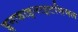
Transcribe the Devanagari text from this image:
इनफाइनाइटसिमल